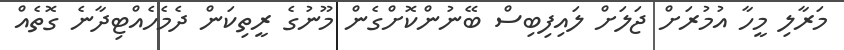
މަރާލި މީހާ އުމުރަށް ޖަލަށް ލައިފިބިސް ބޭނުންކޮށްގެން މޫނުގެ ރީތިކަން ދެމެހެއްޓިދާނެ ގޮތެއް